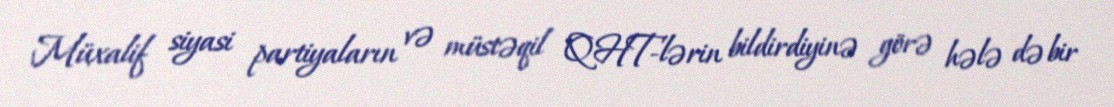
Müxalif siyasi partiyaların və müstəqil QHT-lərin bildirdiyinə görə hələ də bir